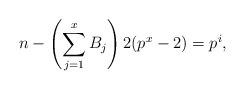
\begin{align*}n - \left(\sum_{j=1}^x B_j \right) 2(p^x-2) = p^i,\end{align*}